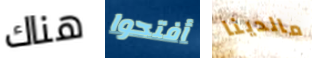
هناك أفتحوا مالدينا